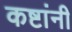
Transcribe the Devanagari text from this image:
कष्टांनी